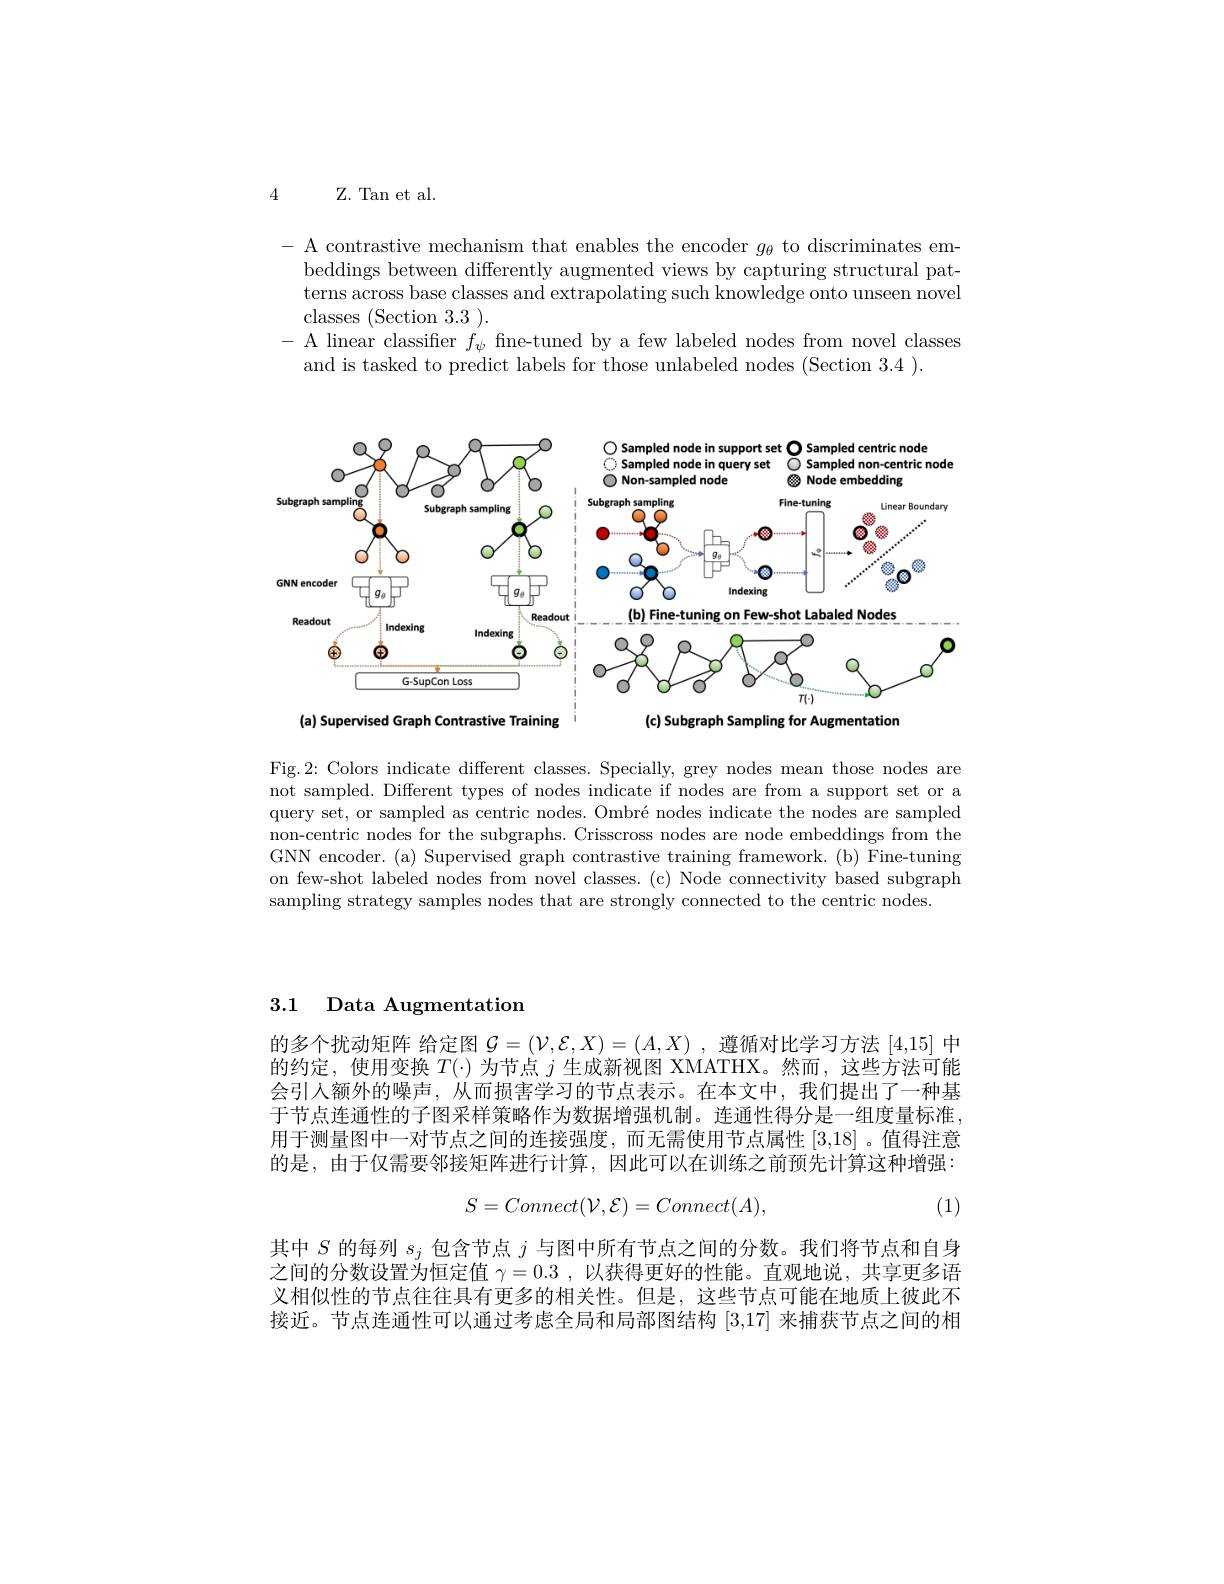
4

Z. Tan et al

A contrastive mechanism that enables the encoder $g_\theta$ to discriminates embeddings between differently augmented views by capturing structural patterns across base classes and extrapolating such knowledge onto unseen novel classes (Section 3.3).
A linear classifier $f_\psi$ fine-tuned by a few labeled nodes from novel classes
and is tasked to predict labels for those unlabeled nodes (Section 3.4 ).

<FigureHere>
(a) Supervised Graph Contrastive Training

(c) Subgraph Sampling for Augmentation

Fig.2: Colors indicate different classes. Specially, grey nodes mean those nodes are not sampled. Different types of nodes indicate if nodes are from a support set or a query set, or sampled as centric nodes. Ombré nodes indicate the nodes are sampled non-centric nodes for the subgraphs. Crisscross nodes are node embeddings from the GNN encoder. (a) Supervised graph contrastive training framework. (b) Fine-tuning on few-shot labeled nodes from novel classes. (c) Node connectivity based subgraph sampling strategy samples nodes that are strongly connected to the centric nodes.

3.1 Data Augmentation

的多个扰动矩阵 给定图$\mathcal{G}=(\mathcal{V},\mathcal{E},X)=(A,X)$ ,遵循对比学习方法 [4,15] 中的约定，使用变换$T(\cdot)$为节点$j$生成新视图 XMATHX。然而，这些方法可能会引入额外的噪声，从而损害学习的节点表示。在本文中，我们提出了一种基于节点连通性的子图采样策略作为数据增强机制。连通性得分是一组度量标准， 用于测量图中一对节点之间的连接强度，而无需使用节点属性[3,18] 。值得注意的是，由于仅需要邻接矩阵进行计算，因此可以在训练之前预先计算这种增强：
$$S=Connect(\mathcal V,\mathcal E)=Connect(A),$$
(1)

其中$S$的每列$s_j$包含节点$j$与图中所有节点之间的分数。我们将节点和自身之间的分数设置为恒定值$\gamma = 0. 3$ , 以获得更好的性能。直观地说，共享更多语义相似性的节点往往具有更多的相关性。但是，这些节点可能在地质上彼此不接近。节点连通性可以通过考虑全局和局部图结构[3,17]来捕获节点之间的相